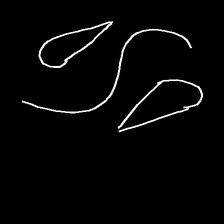
Glyph: water